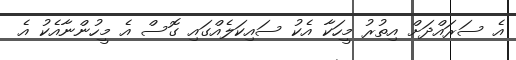
އެ ސަރައްދަށް އިތުރު މީހަކާ އެކު ސައިކަލެއްގައި ގޮސް އެ މީހުންނާއެކު އެ